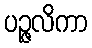
ပဉ္ဇလိကာ